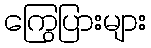
ကြွေပြားများ